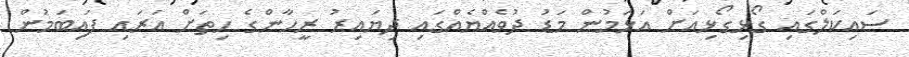
ސައިކަލްގައި ގޯޅިގޯޅިއަށް އަޅަމުން މަޑު ދުވެއްޔެއްގައި ދިޔައިރު ރީހާންގެ ހިތަށް އަރައި ފައިބަމުން